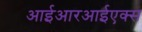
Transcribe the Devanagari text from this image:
आईआरआईएक्स